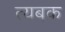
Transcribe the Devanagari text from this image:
त्यबक